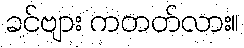
ခင်ဗျား ကတတ်လား။